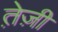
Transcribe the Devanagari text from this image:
ते़ज़ी